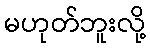
မဟုတ်ဘူးလို့